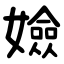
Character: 嬐